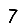
Digit: 7